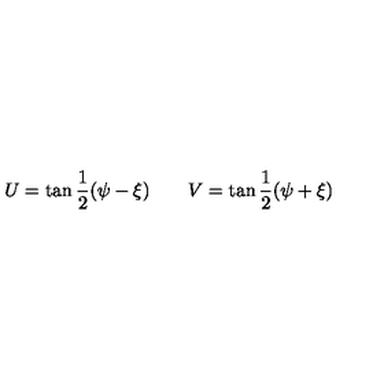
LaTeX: U = \tan \frac 1 2 ( \psi - \xi ) \quad \quad V = \tan \frac 1 2 ( \psi + \xi )